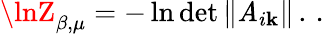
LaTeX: \lnZ_{\beta,\mu}=-\ln\operatorname*{det}\left\| \mathit{A}_{i\mathbf{k}}\right\| \, .\, .